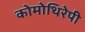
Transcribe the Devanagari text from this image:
कोमोथिरेपी